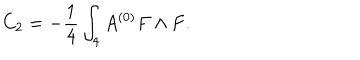
LaTeX: C _ { 2 } = - { \frac { 1 } { 4 } } \int _ { 4 } A ^ { ( 0 ) } F \wedge F .